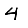
Digit: 4